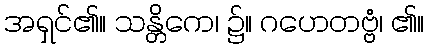
အရှင်၏။ သန္တိကေ၊ ၌။ ဂဟေတဗ္ဗံ၊ ၏။